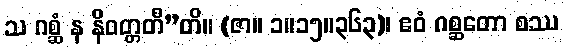
သ ဂစ္ဆံ န နိဝတ္တတီ”တိ။ (ဇာ။ ၁။၁၅။၃၆၃)၊ ဧဝံ ဂစ္ဆတော စဿ